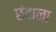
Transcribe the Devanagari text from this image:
छंदाना